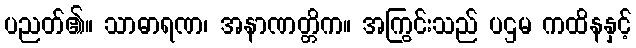
ပညတ်၏။ သာဓာရဏ၊ အနာဏတ္တိက။ အကြွင်းသည် ပဌမ ကထိနနှင့်